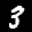
Label: 3